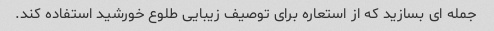
جمله ای بسازید که از استعاره برای توصیف زیبایی طلوع خورشید استفاده کند.